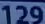
1297